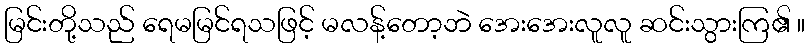
မြင်းတို့သည် ရေမမြင်ရသဖြင့် မလန့်တော့ဘဲ အေးအေးလူလူ ဆင်းသွားကြ၏ ။